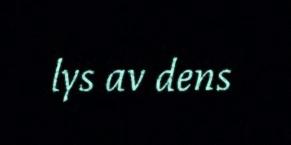
lys av dens